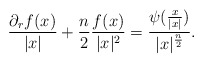
\begin{align*} \frac{\partial_rf(x)}{|x|} + \frac{n}{2} \frac{f(x)}{|x|^2} = \frac{\psi(\frac{x}{|x|})}{|x|^{\frac{n}{2}}}.\end{align*}